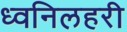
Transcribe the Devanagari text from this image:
ध्वनिलहरी